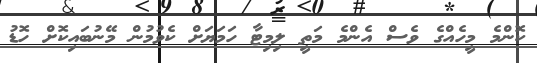
ކޮންމެ މީހެއްގެ ވެސް އެންމެ މަތީ ލިމިޓާ ހަމަޔަށް ކެވުމުން މޭނުބައިކޮށް ހޮޑު